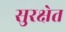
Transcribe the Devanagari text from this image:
सुरक्षेत